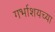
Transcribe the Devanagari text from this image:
गर्भाशयच्या